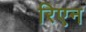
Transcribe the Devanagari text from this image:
रिएन